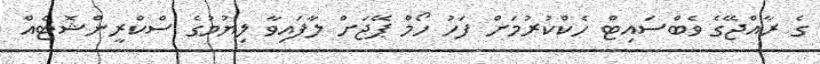
ގެ ރާއްޖޭގެ ވެބްސައިޓް ހެކްކުރުމަށް ފަހު ހޯމް ޕޭޖަށް ލާފައިވާ ލިޔުމުގެ ސްކްރީންޝޮޓެއް